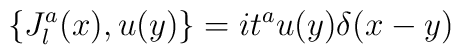
\{ J_l^a (x), u (y)\} = it^a u (y)\delta (x-y)